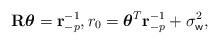
LaTeX: \begin{align*}\mathbf{R} \boldsymbol{\theta} = \mathbf{r}_{-p}^{-1}, r_0 = \boldsymbol{\theta}^T \mathbf{r}_{-p}^{-1} + \sigma^2_{\sf w},\end{align*}